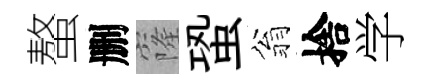
螯删窿蛩翁捨学